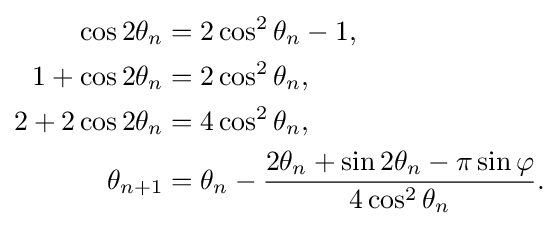
{\begin{aligned}\cos 2\theta _{n}&=2\cos ^{2}\theta _{n}-1,\\1+\cos 2\theta _{n}&=2\cos ^{2}\theta _{n},\\2+2\cos 2\theta _{n}&=4\cos ^{2}\theta _{n},\\\theta _{n+1}&=\theta _{n}-{\frac {2\theta _{n}+\sin 2\theta _{n}-\pi \sin \varphi }{4\cos ^{2}\theta _{n}}}.\end{aligned}}